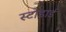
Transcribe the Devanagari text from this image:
स्टोडार्ड